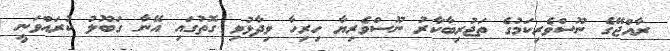
ރާއްޖޭގެ ނޫސްވެރިކަމުގެ ތަޖުރިބާކާރު ނޫސްވެެރިޔާ ހިރިހާ ވިދާޅުވި ގޮތުގައި އޭނާ ގަބޫލު ކުރައްވަނީ